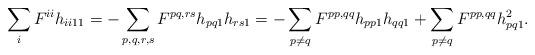
LaTeX: \begin{align*}\sum_i F^{ii}h_{ii11}=-\sum_{p,q,r,s} F^{pq,rs}h_{pq1}h_{rs1}=-\sum_{p\neq q}F^{pp,qq}h_{pp1}h_{qq1}+\sum_{p\neq q}F^{pp,qq}h_{pq1}^2.\end{align*}